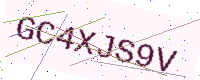
Text: GC4XJS9V